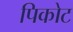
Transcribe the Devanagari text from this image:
पिकोट